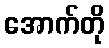
အောက်တို